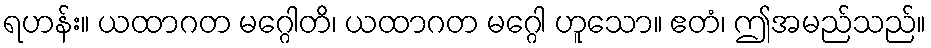
ရဟန်း။ ယထာဂတ မဂ္ဂေါတိ၊ ယထာဂတ မဂ္ဂေါ ဟူသော။ ဧတံ၊ ဤအမည်သည်။